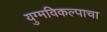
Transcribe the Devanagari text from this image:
युग्मविकल्पाचा